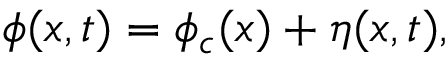
\phi ( x , t ) = \phi _ { c } ( x ) + \eta ( x , t ) ,